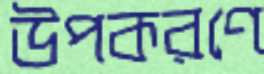
উপকরণে